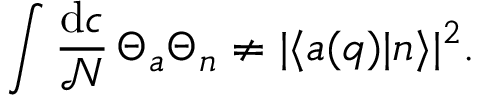
\int \frac { \mathrm { d } c } { \mathcal { N } } \, \Theta _ { a } \Theta _ { n } \neq | \langle a ( q ) | n \rangle | ^ { 2 } .